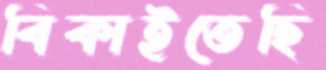
বিকাইতেছি